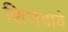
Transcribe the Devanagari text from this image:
शिणवावे